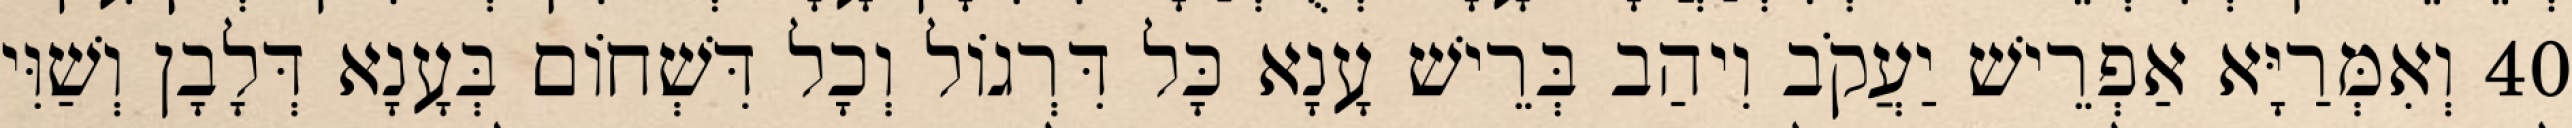
40 וְאִמְּרַיָּא אַפְרֵישׁ יַעֲקֹב וִיהַב בְּרֵישׁ עָנָא כָּל דִּרְגוֹל וְכָל דִּשְׁחוֹם בְּעָנָא דְּלָבָן וְשַׁוִּי